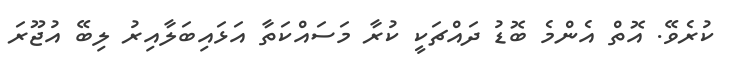
ކުރެވޭ. އޮތް އެންމެ ބޮޑު ދައްޗަކީ ކުރާ މަސައްކަތާ އަޅައިބަލާއިރު ލިބޭ އުޖޫރަ